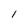
Character: l